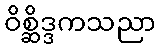
ဝိစ္ဆိဒ္ဒကသညာ